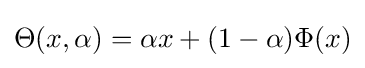
\Theta (x,\alpha )=\alpha x+(1-\alpha )\Phi (x)